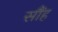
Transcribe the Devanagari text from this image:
सौंह